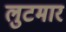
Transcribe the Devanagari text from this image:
लुटमार